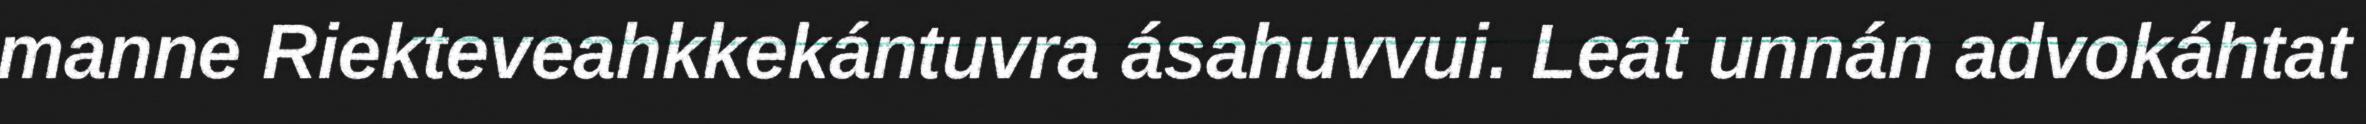
manne Riekteveahkkekántuvra ásahuvvui. Leat unnán advokáhtat